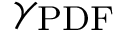
\gamma _ { \mathrm { P D F } }